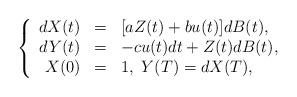
LaTeX: \begin{align*}\left\{\begin{array}[c]{rcl}dX(t) & = & [aZ(t)+bu(t)]dB(t),\\dY(t) & = & -cu(t)dt+Z(t)dB(t),\\X(0) & = & 1,\ Y(T)=dX(T),\end{array}\right.\end{align*}